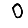
Digit: 0